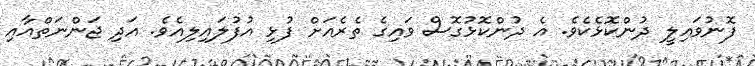
ފޮނުވައިލީ ދުންކޮޅެކެވެ. އެ ދުންކޮޅުގޮސް ވައިގެ ތެރެއަށް ފުޅި އުފުލައިލިއެވެ. އަދި ޖަންނަތްއާއި